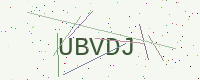
Text: UBVDJ